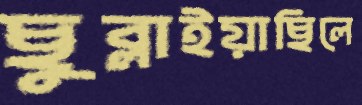
ছুব্‌লাইয়াছিলে